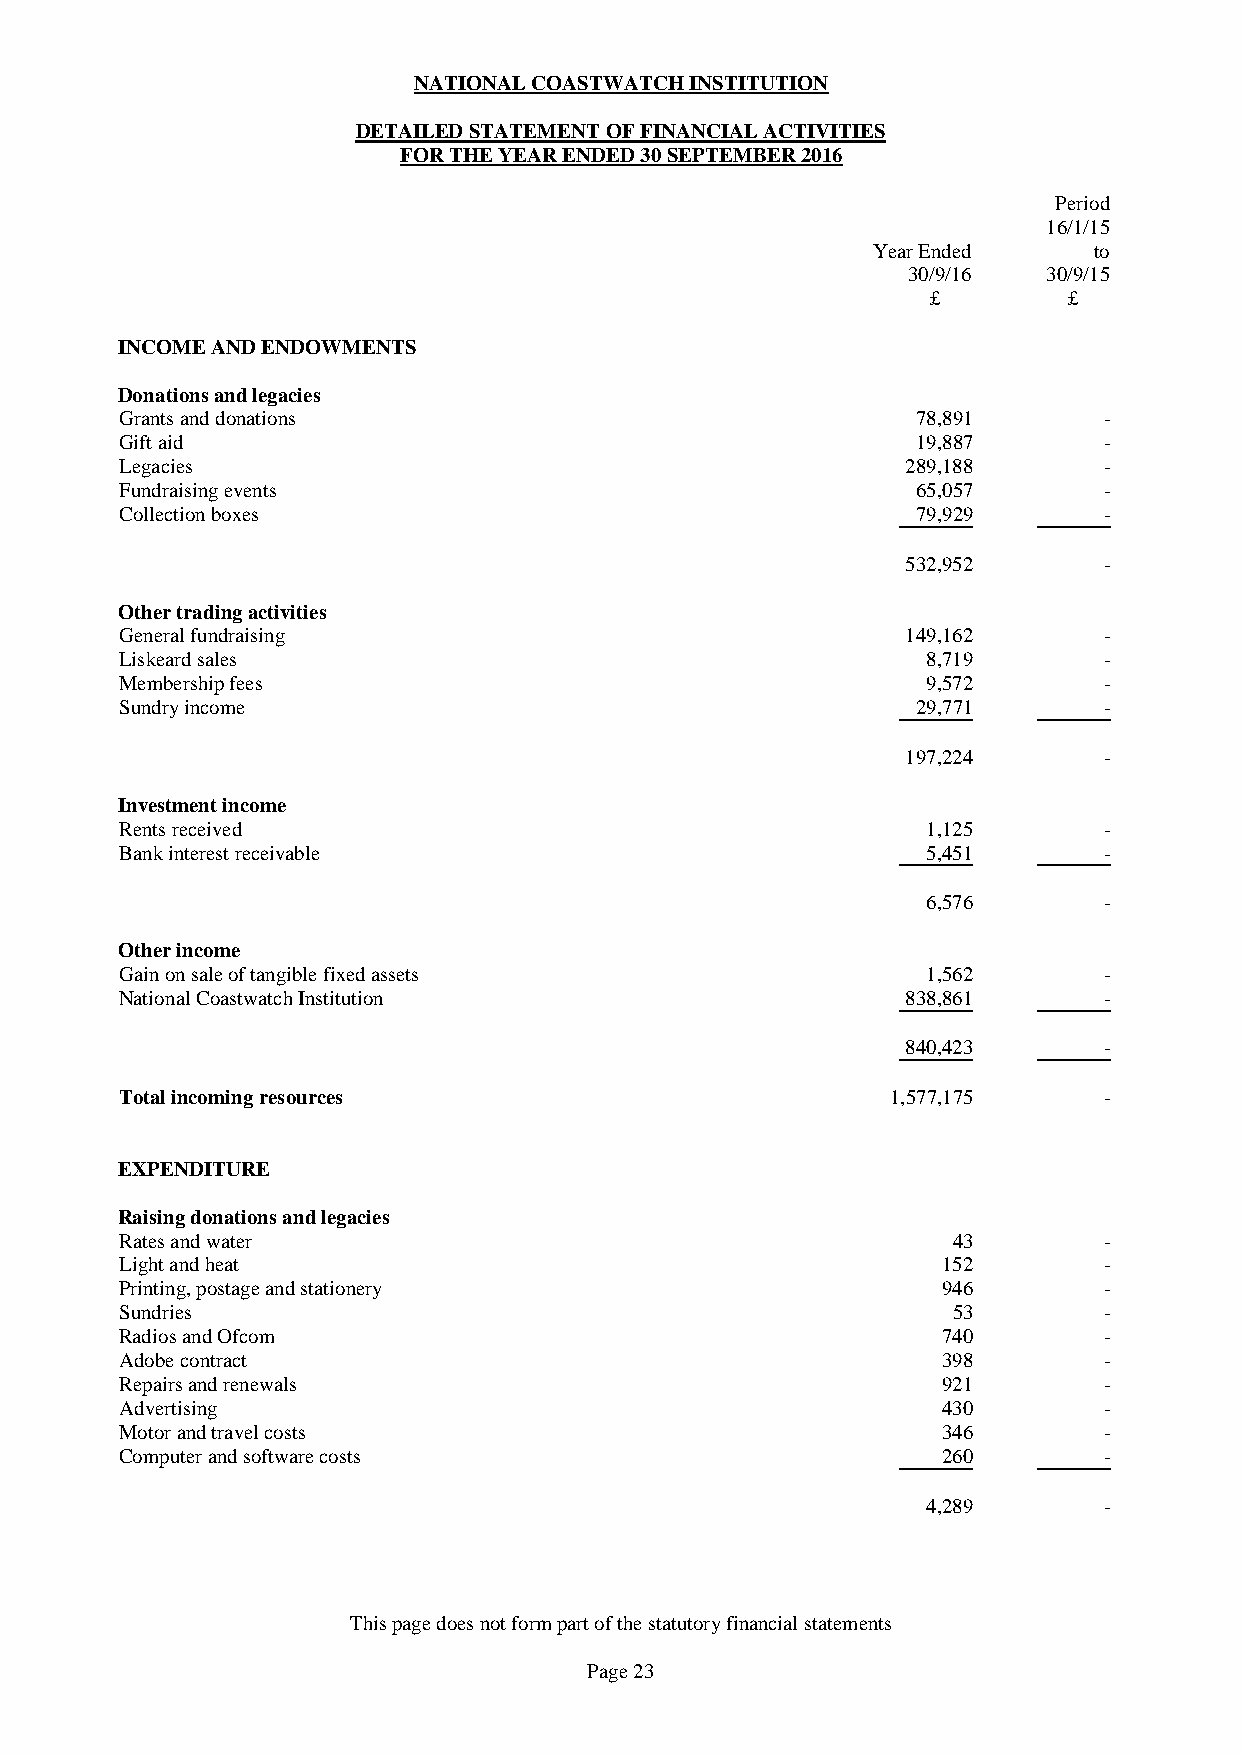
NATIONAL COASTWATCH INSTITUTION
 DETAILED STATEMENT OF FINANCIAL ACTIVITIES
 FOR THE YEAR ENDED 30 SEPTEMBER 2016
 Period
 16/1/15
 Year Ended    to
 30/9/16  30/9/15
 £        £
 INCOME AND ENDOWMENTS
 Donations and legacies
 Grants and donations                                 78,891      -
 Gift aid                                             19,887      -
 Legacies                                            289,188      -
 Fundraising events                                   65,057      -
 Collection boxes                                     79,929      -
 532,952      -
 Other trading activities
 General fundraising                                 149,162      -
 Liskeard sales                                       8,719       -
 Membership fees                                      9,572       -
 Sundry income                                        29,771      -
 197,224      -
 Investment income
 Rents received                                       1,125       -
 Bank interest receivable                             5,451       -
 6,576       -
 Other income
 Gain on sale of tangible fixed assets                1,562       -
 National Coastwatch Institution                     838,861      -
 840,423      -
 Total incoming resources                           1,577,175     -
 EXPENDITURE
 Raising donations and legacies
 Rates and water                                        43        -
 Light and heat                                        152        -
 Printing, postage and stationery                      946        -
 Sundries                                               53        -
 Radios and Ofcom                                      740        -
 Adobe contract                                        398        -
 Repairs and renewals                                  921        -
 Advertising                                           430        -
 Motor and travel costs                                346        -
 Computer and software costs                           260        -
 4,289       -
 This page does not form part of the statutory financial statements
 Page 23